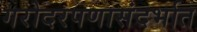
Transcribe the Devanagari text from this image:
गरोदरपणासंदर्भात